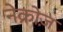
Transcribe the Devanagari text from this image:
नेक्रोज़